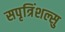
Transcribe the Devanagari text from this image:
सपृत्रिंशल्सु